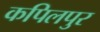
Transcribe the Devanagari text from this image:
कपिलपुर